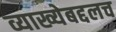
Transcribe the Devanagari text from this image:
व्याख्येबद्दलच